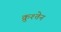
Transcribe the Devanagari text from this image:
क्रुश्तेन